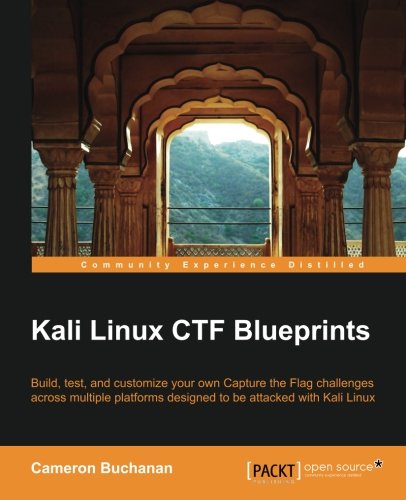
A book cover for Kali Linux CTF Blueprints; Cameron Buchanan; Computers & Technology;